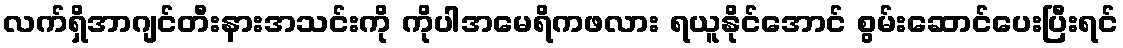
လက်ရှိအာဂျင်တီးနားအသင်းကို ကိုပါအမေရိကဖလား ရယူနိုင်အောင် စွမ်းဆောင်ပေးပြီးရင်